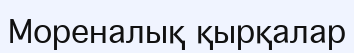
Мореналық қырқалар